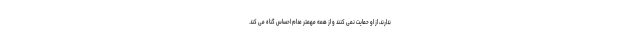
ندارند، از او حمایت نمی کنند و از همه مهمتر مدام احساس گناه می کند.